Civil Veterinary Dept. Bombay admin report 1907-1913 - 1907-1913
Year: 1907
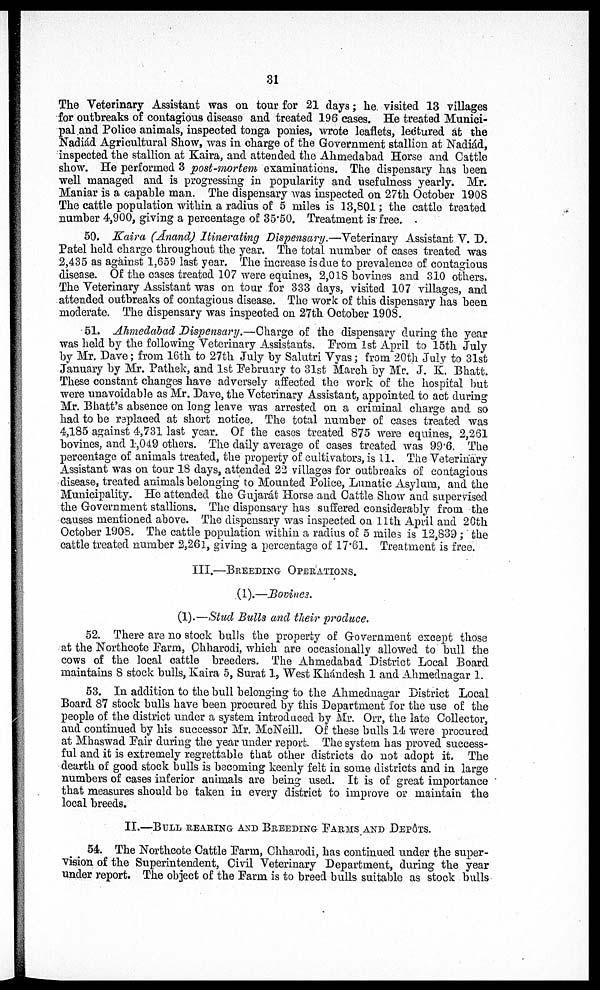
31
The Veterinary Assistant was on tour for 21 days ; he visited 13 villages
for outbreaks of contagious disease and treated 196 cases. He treated Munici-
pal and Police animals, inspected tonga ponies, wrote leaflets, lectured at the
Nadiád Agricultural Show, was in charge of the Government stallion at Nadiád,
inspected the stallion at Kaira, and attended the Ahmedabad Horse and Cattle
show. He performed 3 post-mortem examinations. The dispensary has been
well managed and is progressing in popularity and usefulness yearly. Mr.
Maniar is a capable man. The dispensary was inspected on 27th October 1908
The cattle population within a radius of 5 miles is 13,801 ; the cattle treated
number 4,900, giving a percentage of 35.50. Treatment is free.
50. Kaira (Anand) Itinerating Dispensary.—Veterinary Assistant V. D.
Patel held charge throughout the year. The total number of cases treated was
2,435 as against 1,659 last year. The increase is due to prevalence of contagious
disease. Of the cases treated 107 were equines, 2,018 bovines and 310 others.
The Veterinary Assistant was on tour for 333 days, visited 107 villages, and
attended outbreaks of contagious disease. The work of this dispensary has been
moderate. The dispensary was inspected on 27th October 1908.
51, Ahmedabad Dispensary.—Charge of the dispensary during the year
was held by the following Veterinary Assistants. Prom 1st April to 15th July
by Mr. Dave ; from 16th to 27th July by Salutri Vyas; from 20th July to 31st
January by Mr. Pathek, and 1st February to 31st March by Mr. J. K. Bhatt.
These constant changes have adversely affected the work of the hospital but
were unavoidable as Mr. Dave, the Veterinary Assistant, appointed to act during
Mr. Bhatt's absence on long leave was arrested on a criminal charge and so
had to be replaced at short notice. The total number of cases treated was
4,185 against 4,731 last year. Of the cases treated 875 were equines, 2,261
bovines, and 1,049 others. The daily average of cases treated was 99.6. The
percentage of animals treated, the property of cultivators, is 11. The Veterinary
Assistant was on tour 18 clays, attended 22 villages for outbreaks of contagious
disease, treated animals belonging to Mounted Police, Lunatic Asylum, and the
Municipality. He attended the Gujarat Horse and Cattle Show and supervised
the Government stallions. The dispensary has suffered considerably from the
causes mentioned above. The dispensary was inspected on 11th April and 20th
October 1908. The cattle population within a radius of 5 miles is 12,839 ; the
cattle treated number 2,261, giving a percentage of 17.61. Treatment is free.
III.—BREEDING OPERATIONS.
(1).—Bovines.
(1).—Stud Bulls and their produce.
52. There are no stock bulls the property of Government except those
at the Northcote Farm, Chharodi, which are occasionally allowed to bull the
cows of the local cattle breeders. The Ahmedabad District Local Board
maintains 8 stock bulls, Kaira 5, Surat 1, West Ehándesh 1 and Ahmednagar 1.
53. In addition to the bull belonging to the Ahmednagar District Local
Board 87 stock bulls have been procured by this Department for the use of the
people of the district under a system introduced by Mr. Orr, the late Collector,
and continued by his successor Mr. McNeill. Of these bulls 14 were procured
at Mhaswad Pair during the year under report. The system has proved success-
ful and it is extremely regrettable that other districts do not adopt it. The
dearth of good stock bulls is becoming keenly felt in some districts and in large
numbers of cases inferior animals are being used. It is of great importance
that measures should be taken in every district to improve or maintain the
local breeds.
II.—BULL HEARING AND BREEDING FARMS AND DEPÔTS.
54. The Northcote Cattle Farm, Chharodi, has continued under the super-
vision of the Superintendent, Civil Veterinary Department, during the year
under report. The object of the Farm is to breed bulls suitable as stock bulls